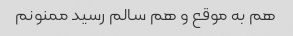
هم به موقع و هم سالم رسید ممنونم